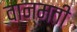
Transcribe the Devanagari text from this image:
वान्मती